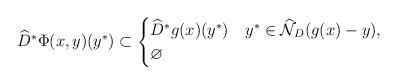
LaTeX: \begin{align*}\widehat{D}^*\Phi(x,y)(y^*)\subset\begin{cases}\widehat{D}^*g(x) (y^*)&y^*\in \widehat{\mathcal N}_D(g(x)-y),\\\varnothing&\end{cases}\end{align*}